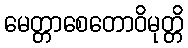
မေတ္တာစေတောဝိမုတ္တိ